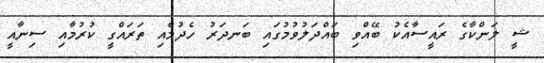
ޝީ ލަންކާގެ ރައީސާއެކު ބޭއްވި ބައްދަލުވުމުގައި ބަނދަރު ހެދުމާއި ތަރައްގީ ކުރުމާއި ސިނާއީ